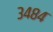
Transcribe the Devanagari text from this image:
३४८४